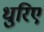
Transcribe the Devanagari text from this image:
धुरिए